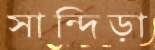
সান্দিড়া